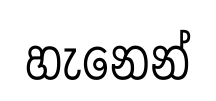
හැනෙන්